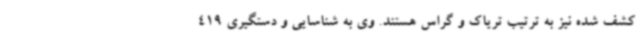
کشف شده نیز به ترتیب تریاک و گراس هستند. وی به شناسایی و دستگیری 419